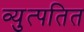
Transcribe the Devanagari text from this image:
व्युत्पतित